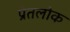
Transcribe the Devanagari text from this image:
प्रेतलोक